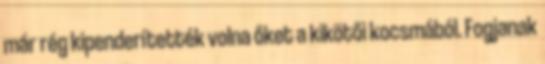
már rég kipenderítették volna őket a kikötői kocsmából. Fogjanak